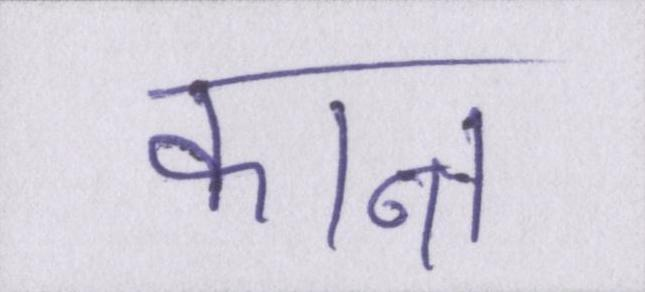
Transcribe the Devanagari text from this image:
कान्त